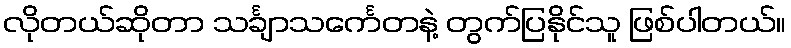
လိုတယ်ဆိုတာ သင်္ချာသင်္ကေတနဲ့ တွက်ပြနိုင်သူ ဖြစ်ပါတယ်။